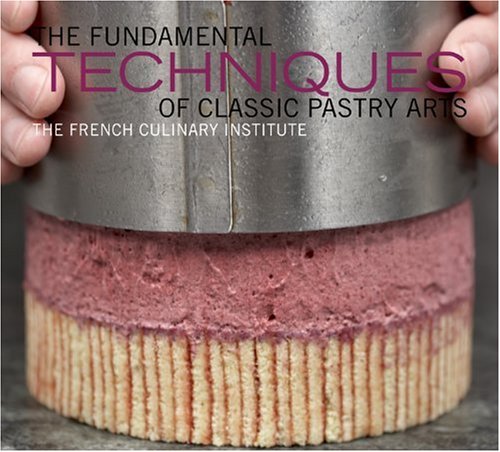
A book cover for The Fundamental Techniques of Classic Pastry Arts; French Culinary Institute; Cookbooks, Food & Wine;